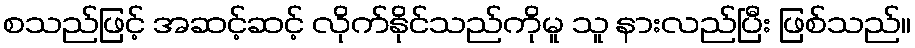
စသည်ဖြင့် အဆင့်ဆင့် လိုက်နိုင်သည်ကိုမူ သူ နားလည်ပြီး ဖြစ်သည်။